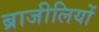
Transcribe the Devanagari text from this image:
ब्राजीलियों